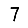
Digit: 7